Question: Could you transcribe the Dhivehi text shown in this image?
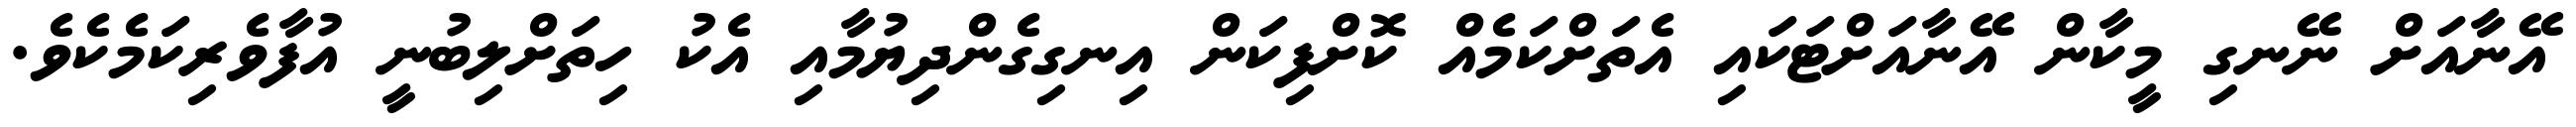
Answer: އޭނާއަށް ނޭނގި މީކާން އޭނާއަށްޓަކައި އެތަށްކަމެއް ކޮށްފިކަން އިނގިގެންދިޔުމާއި އެކު ހިތަށްލިބުނީ އުފާވެރިކަމެކެވެ.